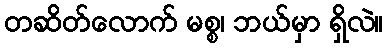
တဆိတ်လောက် မစ္စ၊ ဘယ်မှာ ရှိလဲ။